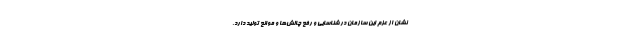
نشان از عزم این سازمان در شناسایی و رفع چالش‌ها و موانع تولید دارد‌.